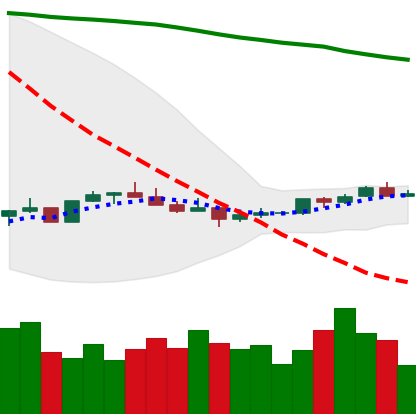
Ticker: XMR-USD
Chart end date: 2022-07-09
Forward return: 5.183%
Label: up_5_7